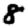
Digit: 8